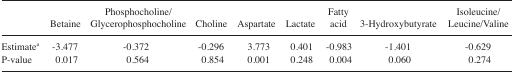
|  | Betaine | Phosphocholine/Glycerophosphocholine | Choline | Aspartate | Lactate | Fatty acid | 3-Hydroxybutyrate | Isoleucine/Leucine/Valine |
 | --- | --- | --- | --- | --- | --- | --- | --- | --- |
 | Estimatea | −3.477 | −0.372 | −0.296 | 3.773 | 0.401 | −0.983 | −1.401 | −0.629 |
 | P-value | 0.017 | 0.564 | 0.854 | 0.001 | 0.248 | 0.004 | 0.060 | 0.274 |